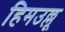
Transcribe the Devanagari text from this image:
हिमउल्लू